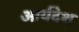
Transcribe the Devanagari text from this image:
आर्यदेश